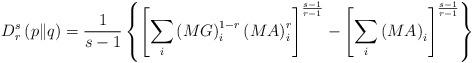
LaTeX: \begin{align*}D^{s}_{r}\left(p\|q\right)=\frac{1}{s-1}\left\{\left[\sum_{i}\left(MG\right)_{i}^{1-r}\left(MA\right)_{i}^{r}\right]^{\frac{s-1}{r-1}}-\left[\sum_{i}\left(MA\right)_{i}\right]^{\frac{s-1}{r-1}}\right\}\end{align*}